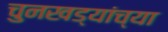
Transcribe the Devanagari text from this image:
चुनखड्यांच्या